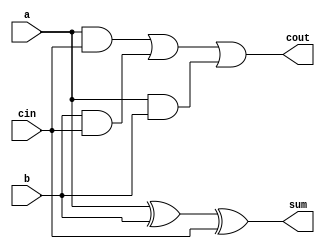


///
//
//
// Module : Full Adder
// Nitesh
//
//

module FullAdder(a, b, cin, sum,cout);

	input a , b,cin;
	output sum, cout;

	assign cout = (a & cin) | (b & cin) | (a & b) ;
	xor(sum,a,b,cin);

endmodule